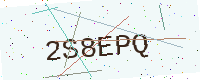
Text: 2S8EPQ